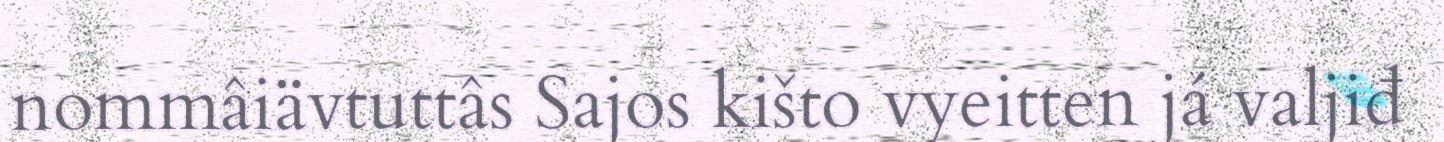
nommâiävtuttâs Sajos kišto vyeitten já valjiđ